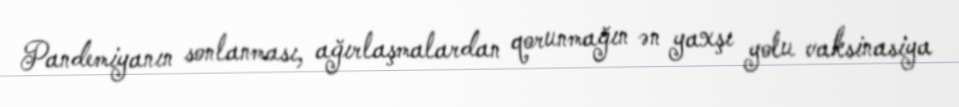
Pandemiyanın sonlanması, ağırlaşmalardan qorunmağın ən yaxşı yolu vaksinasiya